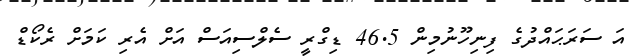
އަ ސަރަޙައްދުގެ ފިނިހޫނުމިން 46.5 ޑިގްރީ ސެލްސިއަސް އަށް އެރި ކަމަށް ރެކޯޑް